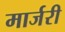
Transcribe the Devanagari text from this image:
मार्जरी